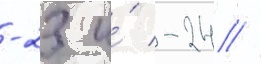
-23 и́ -24 //